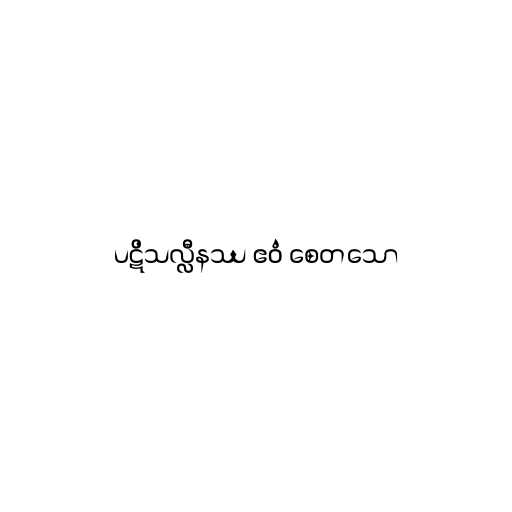
ပဋိသလ္လီနဿ ဧဝံ စေတသော